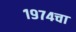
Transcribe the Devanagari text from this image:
१९७४चा